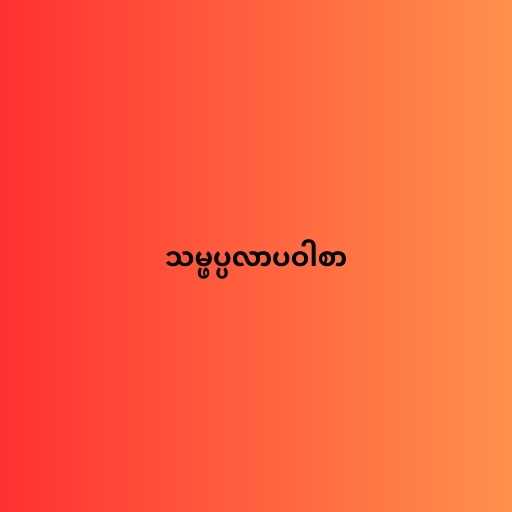
သမ္ဖပ္ပလာပဝါစာ